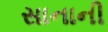
સાનાની